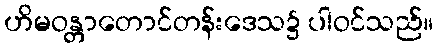
ဟိမဝန္တာတောင်တန်းဒေသ၌ ပါဝင်သည်။